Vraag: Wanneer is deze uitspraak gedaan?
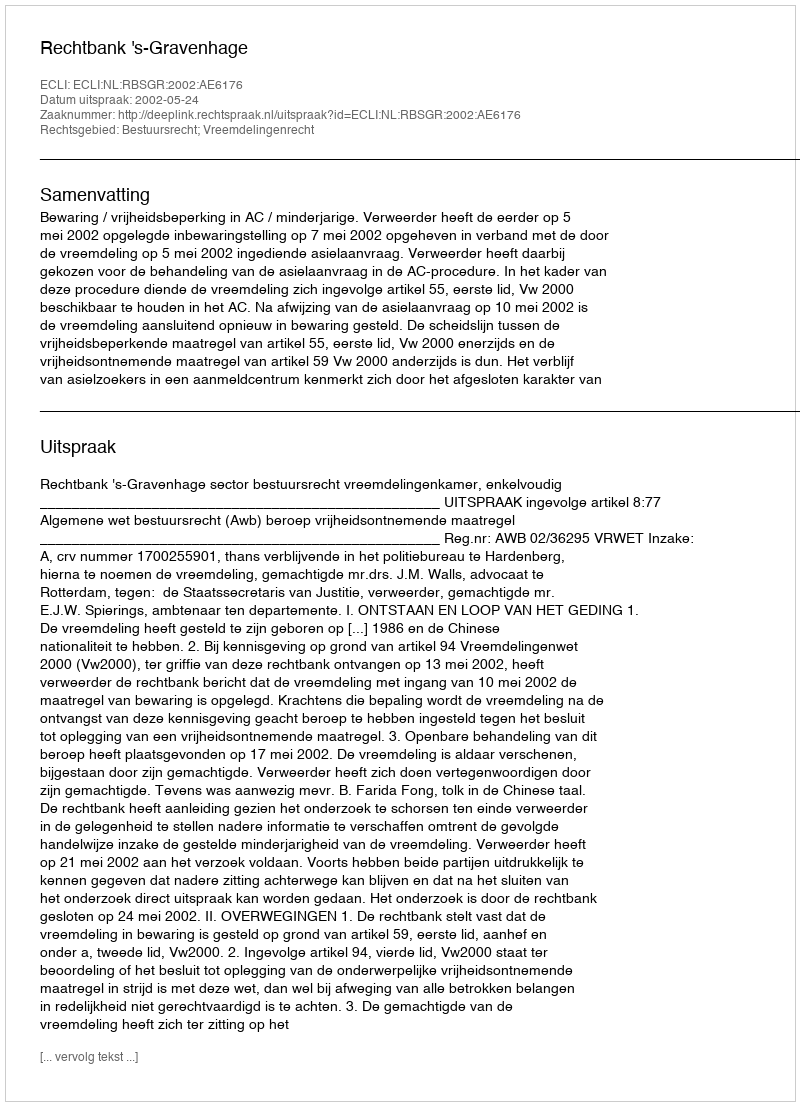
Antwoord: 2002-05-24